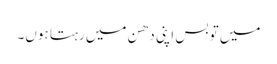
میں تو بس اپنی دھن میں رہتا ہوں۔